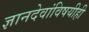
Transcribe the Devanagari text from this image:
ज्ञानदेवांविषयीही